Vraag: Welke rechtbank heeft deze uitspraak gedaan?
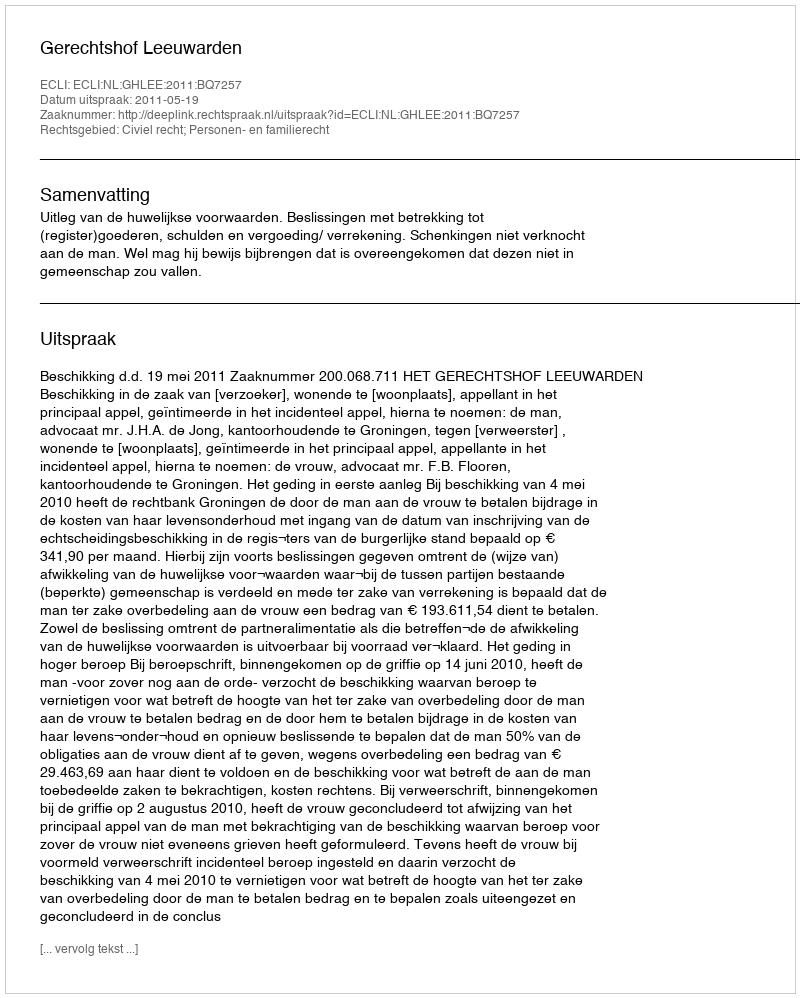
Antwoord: Gerechtshof Leeuwarden